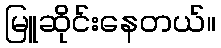
မြူဆိုင်းနေတယ်။